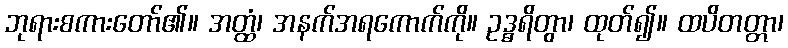
ဘုရားစကားတော်၏။ အတ္ထံ၊ အနက်အရကောက်ကို။ ဥဒ္ဓရိတွာ၊ ထုတ်၍။ ထပိတတ္တာ၊